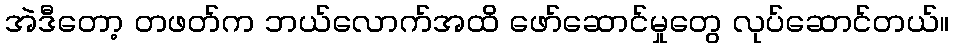
အဲဒီတော့ တဖတ်က ဘယ်လောက်အထိ ဖော်ဆောင်မှုတွေ လုပ်ဆောင်တယ်။